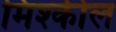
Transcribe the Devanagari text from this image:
मिश्कील